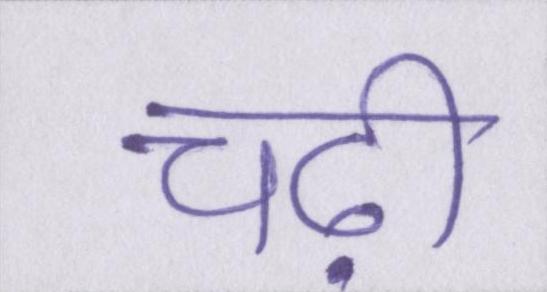
चढ़ी